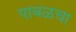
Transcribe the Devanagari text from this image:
पाबळचा